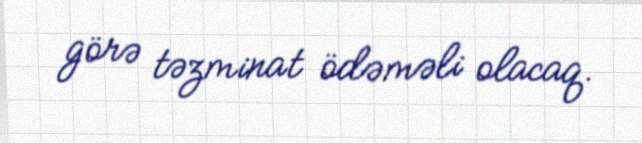
görə təzminat ödəməli olacaq.